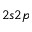
2 s 2 p